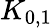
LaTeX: K_{0,1}